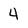
Character: 4